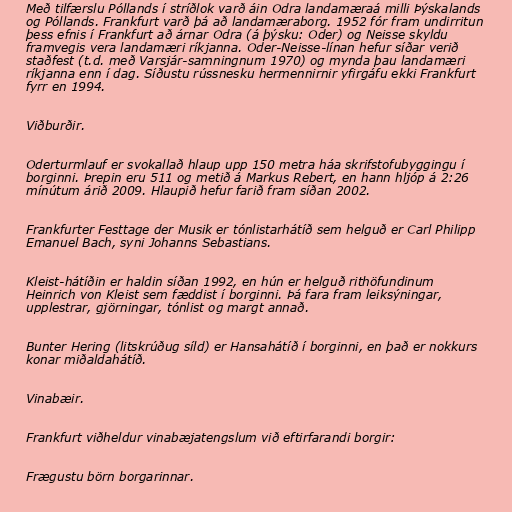
Með tilfærslu Póllands í stríðlok varð áin Odra landamæraá milli Þýskalands
og Póllands. Frankfurt varð þá að landamæraborg. 1952 fór fram undirritun
þess efnis í Frankfurt að árnar Odra (á þýsku: Oder) og Neisse skyldu
framvegis vera landamæri ríkjanna. Oder-Neisse-línan hefur síðar verið
staðfest (t.d. með Varsjár-samningnum 1970) og mynda þau landamæri
ríkjanna enn í dag. Síðustu rússnesku hermennirnir yfirgáfu ekki Frankfurt
fyrr en 1994.

Viðburðir.

Oderturmlauf er svokallað hlaup upp 150 metra háa skrifstofubyggingu í
borginni. Þrepin eru 511 og metið á Markus Rebert, en hann hljóp á 2:26
mínútum árið 2009. Hlaupið hefur farið fram síðan 2002.

Frankfurter Festtage der Musik er tónlistarhátíð sem helguð er Carl Philipp
Emanuel Bach, syni Johanns Sebastians.

Kleist-hátíðin er haldin síðan 1992, en hún er helguð rithöfundinum
Heinrich von Kleist sem fæddist í borginni. Þá fara fram leiksýningar,
upplestrar, gjörningar, tónlist og margt annað.

Bunter Hering (litskrúðug síld) er Hansahátíð í borginni, en það er nokkurs
konar miðaldahátíð.

Vinabæir.

Frankfurt viðheldur vinabæjatengslum við eftirfarandi borgir:

Frægustu börn borgarinnar.